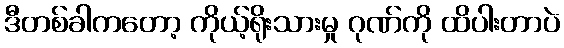
ဒီတစ်ခါကတော့ ကိုယ့်ရိုးသားမှု ဂုဏ်ကို ထိပါးတာပဲ